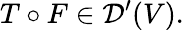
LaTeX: T\circ F\in{\mathcal{D}}^{\prime}(V).